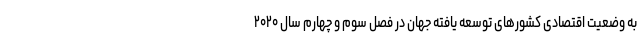
به وضعیت اقتصادی کشورهای توسعه یافته جهان در فصل سوم و چهارم سال ۲۰۲۰